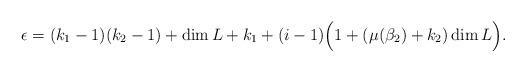
LaTeX: \begin{align*}\epsilon = (k_1 -1)(k_2 -1) + \dim L + k_1 +(i-1)\Big(1+(\mu(\beta_2)+k_2) \dim L\Big).\end{align*}